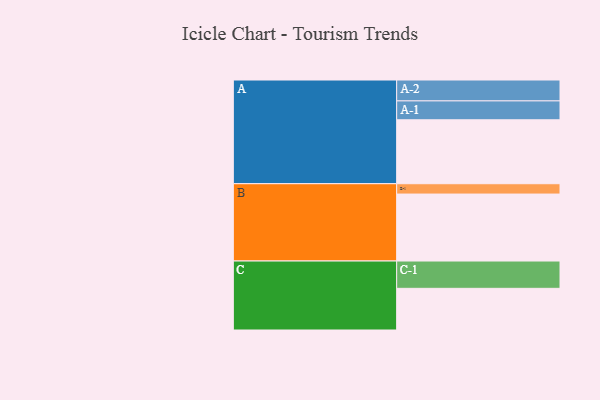
{"axis": {"x": "Segment", "y": "Value"}, "legend": ["", "A", "B", "C"], "data": [{"x": "A", "y": 508, "type": ""}, {"x": "B", "y": 532, "type": ""}, {"x": "C", "y": 331, "type": ""}, {"x": "A-1", "y": 150, "type": "A"}, {"x": "A-2", "y": 166, "type": "A"}, {"x": "B-1", "y": 82, "type": "B"}, {"x": "C-1", "y": 217, "type": "C"}]}